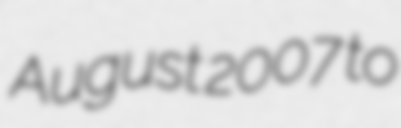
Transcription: August 2007 to